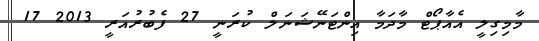
މާމިގިލީ އެއާޕޯޓް މާދަމާ އިންޓަނޭޝަނަލް ކުރަނީ 27 ފެބުރުއަރީ 2013 17